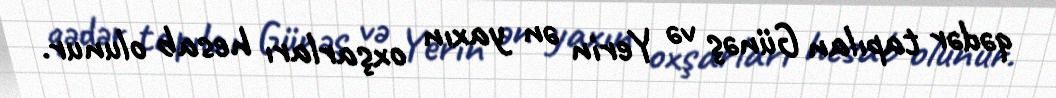
qədər tapılan Günəş və Yerin ən yaxın oxşarları hesab olunur.